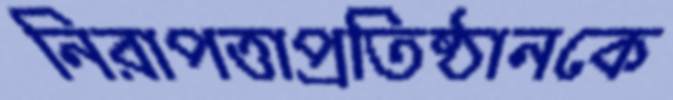
নিরাপত্তাপ্রতিষ্ঠানকে